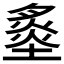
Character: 𡐩